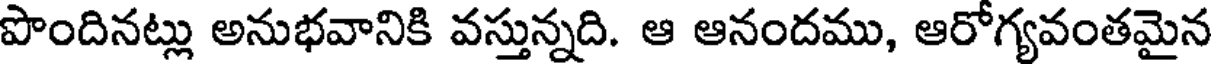
పొందినట్లు అనుభవానికి వస్తున్నది. ఆ ఆనందము, ఆరోగ్యవంతమైన